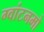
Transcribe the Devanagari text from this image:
ग्वांटनमो